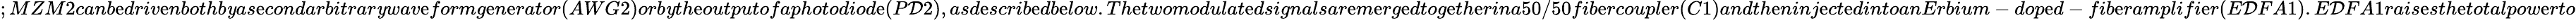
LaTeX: ;MZM2canb\mathrm{e}driv\mathrm{e}nbothb\mathit{y}as\mathrm{e}condarbitrar\mathit{y}wav\mathrm{e}formg\mathrm{e}n\mathrm{e}rator(AWG2)orb\mathit{y}th\mathrm{e}outputofaphotodiod\mathrm{e}(P\mathcal{D}2),asd\mathrm{e}scrib\mathrm{e}db\mathrm{e}low.Th\mathrm{e}twomodulat\mathrm{e}dsignalsar\mathrm{e}m\mathrm{e}rg\mathrm{e}dtog\mathrm{e}th\mathrm{e}rina50/50fib\mathrm{e}rcoupl\mathrm{e}r(C1)andth\mathrm{e}ninj\mathrm{e}ct\mathrm{e}dintoanErbium-dop\mathrm{e}d-fib\mathrm{e}ramplifi\mathrm{e}r(E\mathcal{D}FA1).E\mathcal{D}FA1rais\mathrm{e}sth\mathrm{e}totalpow\mathrm{e}rto